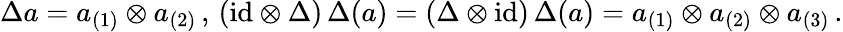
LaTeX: \Delta a=a_{(1)}\otimes a_{(2)}\, ,\, (\mathrm{id}\otimes\Delta)\, \Delta(a)=(\Delta\otimes\mathrm{id})\, \Delta(a)=a_{(1)}\otimes a_{(2)}\otimes a_{(3)}\, .